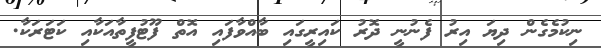
ނިކުމެގެން ދިޔަ އިރު ފެނުނީ ދޮރު ކައިރީގައި ބާއްވާފައި އޮތް ފޫޓުފީތާއަކާއި ކަޓަރަކާ.